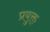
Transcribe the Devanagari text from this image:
प्रयुक्त्